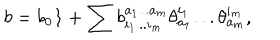
LaTeX: b = b _ { 0 } { \bf 1 } + \sum b _ { i _ { 1 } . . . i _ { m } } ^ { a _ { 1 } . . . a _ { m } } \theta _ { a _ { 1 } } ^ { i _ { 1 } } . . . \theta _ { a _ { m } } ^ { i _ { m } } ,